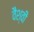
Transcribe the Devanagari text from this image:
वैश्वी